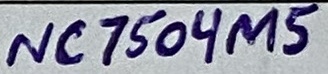
Text: NC7504M5